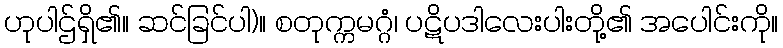
ဟုပါဌ်ရှိ၏။ ဆင်ခြင်ပါ)။ စတုက္ကမဂ္ဂံ၊ ပဋိပဒါလေးပါးတို့၏ အပေါင်းကို။